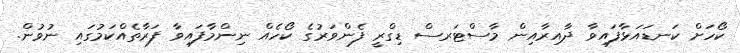
ކޯހަށް ކަނޑައަޅާފައިވާ ދާއިރާއިން މާސްޓަރސް ޑިގްރީ ފެންވަރުގެ ކޯހެއް ނިންމާފައިވާ ފަރާތެއްކަމުގައި ނުވުން.